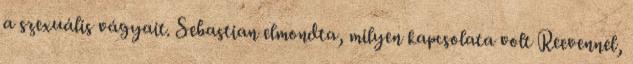
a szexuális vágyait. Sebastian elmondta, milyen kapcsolata volt Reevennel,